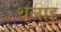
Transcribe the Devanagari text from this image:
थलाइ